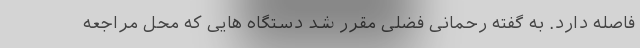
فاصله دارد. به گفته رحمانی فضلی مقرر شد دستگاه هایی که محل مراجعه